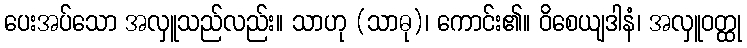
ပေးအပ်သော အလှူသည်လည်း။ သာဟု (သာဓု)၊ ကောင်း၏။ ဝိစေယျဒါနံ၊ အလှူဝတ္ထု